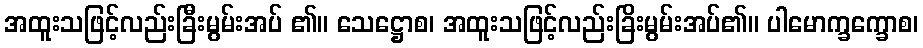
အထူးသဖြင့်လည်းခြီးမွမ်းအပ် ၏။ သေဋ္ဌောစ၊ အထူးသဖြင့်လည်းခြိးမွမ်းအပ်၏။ ပါမောက္ခက္ခောစ၊